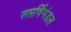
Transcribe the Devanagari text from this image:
सप्तर्षिमंडल